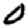
Digit: 0